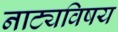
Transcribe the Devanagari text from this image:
नाट्यविषय